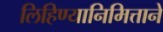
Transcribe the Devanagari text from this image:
लिहिण्यानिमित्ताने